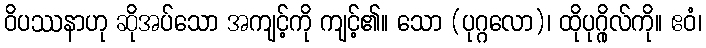
ဝိပဿနာဟု ဆိုအပ်သော အကျင့်ကို ကျင့်၏။ သော (ပုဂ္ဂလော)၊ ထိုပုဂ္ဂိုလ်ကို။ ဧဝံ၊